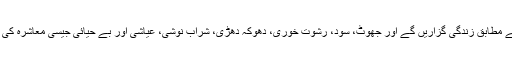
لہذا ہم اس موقع پر یہ عہدوپیمان کریں کہ اللہ کے احکام کے مطابق زندگی گزاریں گے اور جھوٹ، سود، رشوت خوری، دھوکہ دھڑی، شراب نوشی، عیاشی اور بے حیائی جیسی معاشرہ کی عام برائیوں کو دور کرنے کی ہر ممکن کوشش کریں گے۔